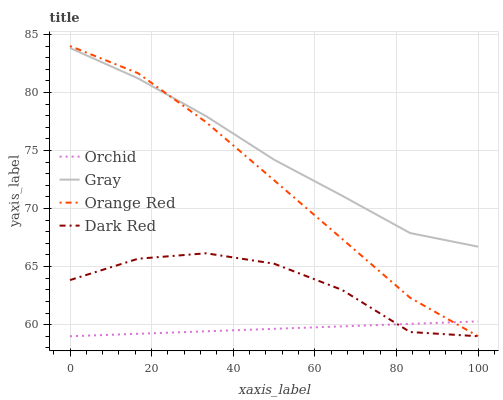
| xaxis_label | Orchid | Gray | Orange Red | Dark Red |
 | --- | --- | --- | --- | --- |
 | 0 | 59 | 83.8 | 84 | 63.8 |
 | 16.7 | 59.2 | 81.2 | 81.7 | 65.7 |
 | 33.3 | 59.4 | 78 | 77.4 | 66.1 |
 | 50 | 59.6 | 74.2 | 72.4 | 65.3 |
 | 66.7 | 59.9 | 71.1 | 67.4 | 63 |
 | 83.3 | 60.1 | 67.9 | 62.3 | 59.4 |
 | 100 | 60.3 | 66.7 | 59 | 59 |